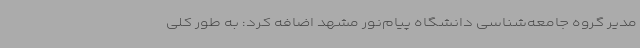
مدیر گروه جامعه‌شناسی دانشگاه پیام‌نور مشهد اضافه کرد: به طور کلی